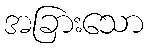
အခြားသော